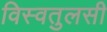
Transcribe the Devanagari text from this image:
विस्वतुलसी